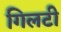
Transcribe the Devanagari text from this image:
गिलटी